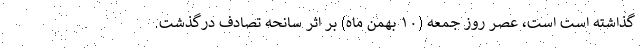
گذاشته است است، عصر روز جمعه (۱۰ بهمن ماه) بر اثر سانحه تصادف درگذشت.